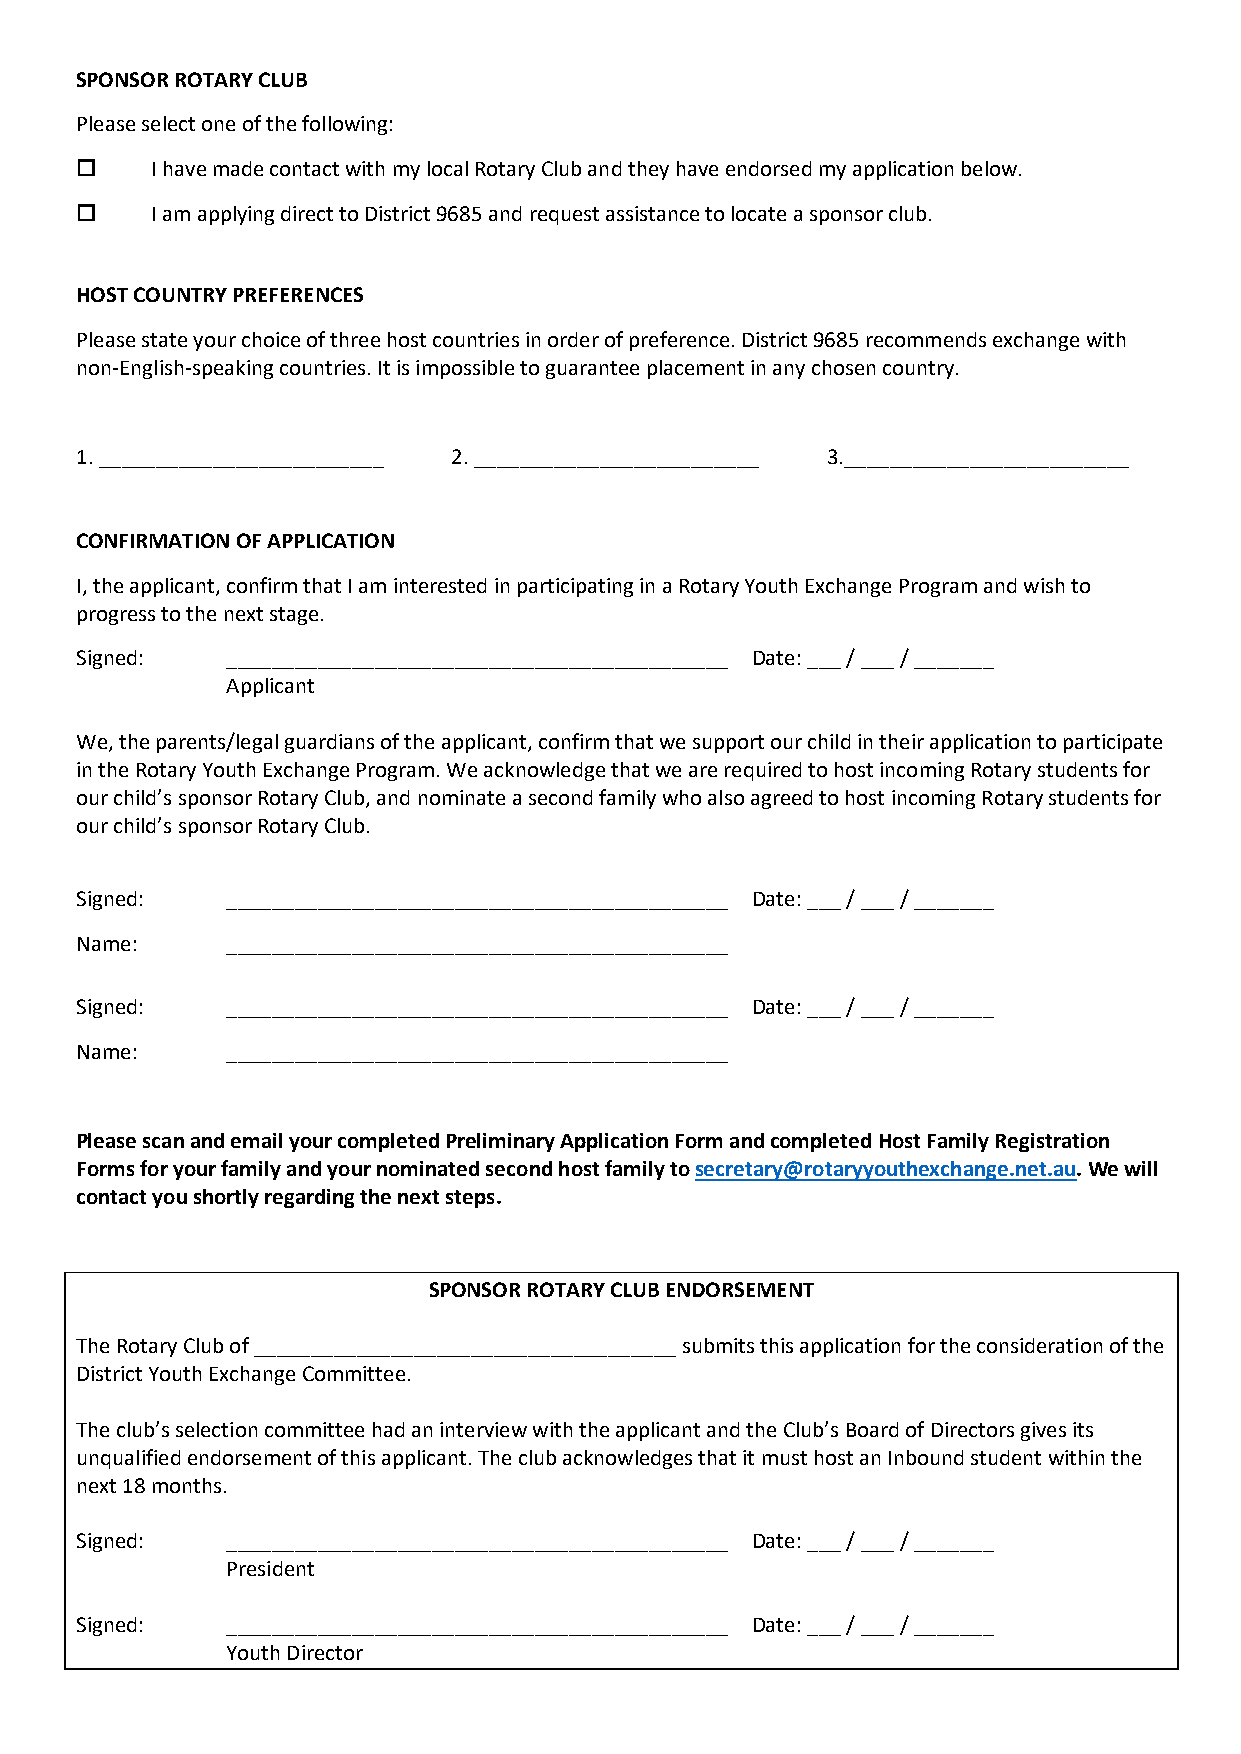
SPONSOR ROTARY CLUB
 Please select one of the following:
 o    I have made contact with my local Rotary Club and they have endorsed my application below.
 o    I am applying direct to District 9685 and request assistance to locate a sponsor club.
 HOST COUNTRY PREFERENCES
 Please state your choice of three host countries in order of preference. District 9685 recommends exchange with
 non-English-speaking countries. It is impossible to guarantee placement in any chosen country.
 1. _________________________ 2. _________________________ 3._________________________
 CONFIRMATION OF APPLICATION
 I, the applicant, confirm that I am interested in participating in a Rotary Youth Exchange Program and wish to
 progress to the next stage.
 Signed:   ____________________________________________ Date: ___ / ___ / _______
 Applicant
 We, the parents/legal guardians of the applicant, confirm that we support our child in their application to participate
 in the Rotary Youth Exchange Program. We acknowledge that we are required to host incoming Rotary students for
 our child’s sponsor Rotary Club, and nominate a second family who also agreed to host incoming Rotary students for
 our child’s sponsor Rotary Club.
 Signed:   ____________________________________________ Date: ___ / ___ / _______
 Name:     ____________________________________________
 Signed:   ____________________________________________ Date: ___ / ___ / _______
 Name:     ____________________________________________
 Please scan and email your completed Preliminary Application Form and completed Host Family Registration
 Forms for your family and your nominated second host family to secretary@rotaryyouthexchange.net.au. We will
 contact you shortly regarding the next steps.
 SPONSOR ROTARY CLUB ENDORSEMENT
 The Rotary Club of _____________________________________ submits this application for the consideration of the
 District Youth Exchange Committee.
 The club’s selection committee had an interview with the applicant and the Club’s Board of Directors gives its
 unqualified endorsement of this applicant. The club acknowledges that it must host an Inbound student within the
 next 18 months.
 Signed:   ____________________________________________ Date: ___ / ___ / _______
 President
 Signed:   ____________________________________________ Date: ___ / ___ / _______
 Youth Director